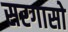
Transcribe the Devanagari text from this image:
सरगासो